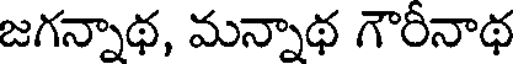
జగన్నాథ, మన్నాథ గౌరీనాథ